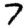
Digit: 7